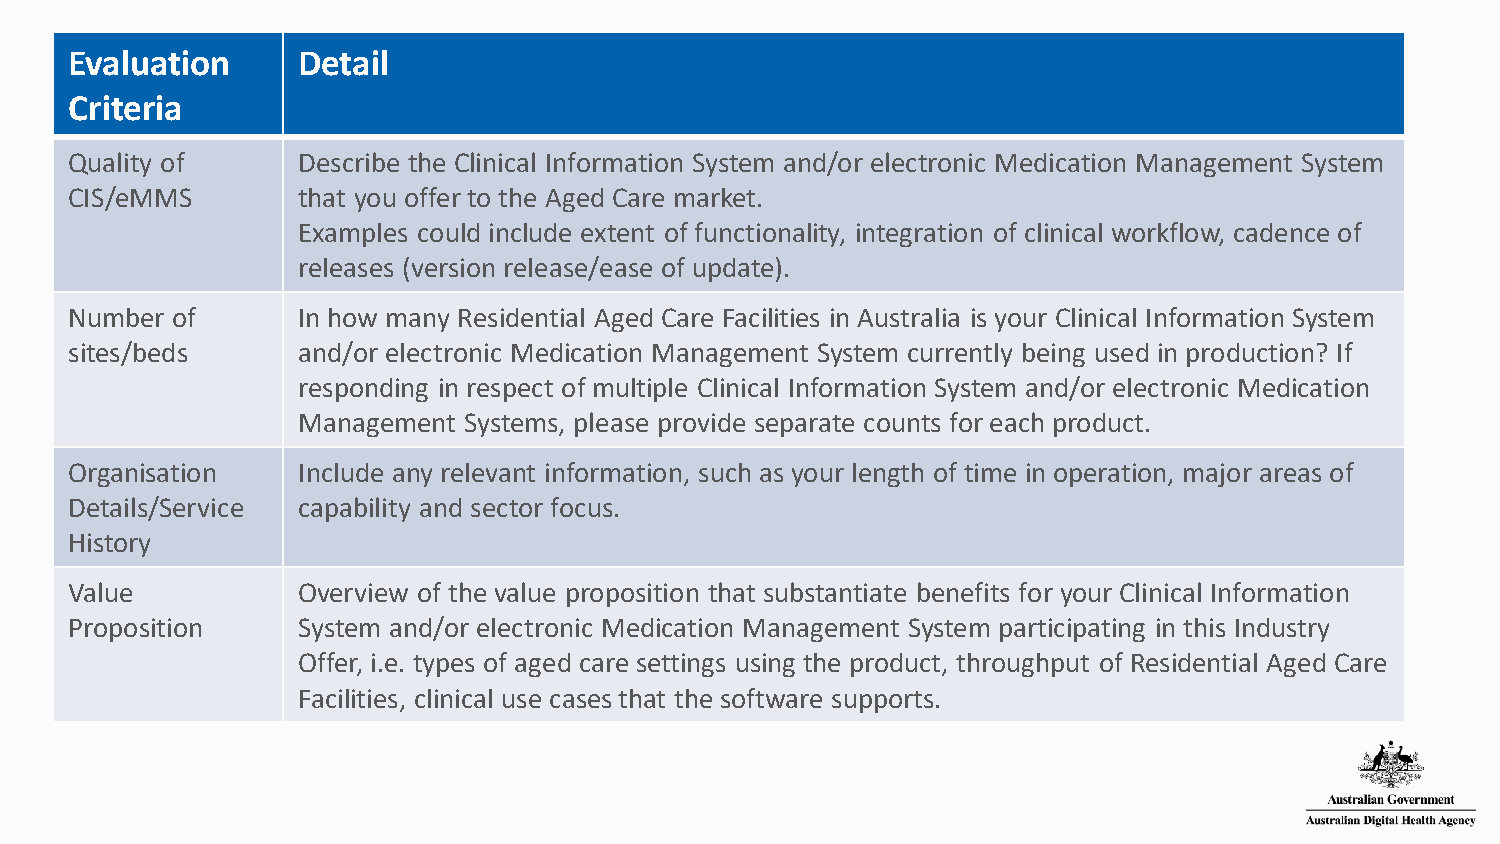
Evaluation     Detail
 Criteria
 Quality of     Describe the Clinical Information System and/or electronic Medication Management System
 CIS/eMMS       that you offer to the Aged Care market.
 Examples could include extent of functionality, integration of clinical workflow, cadence of
 releases (version release/ease of update).
 Number of      In how many Residential Aged Care Facilities in Australia is your Clinical Information System
 sites/beds     and/or electronic Medication Management System currently being used in production? If
 responding in respect of multiple Clinical Information System and/or electronic Medication
 Management Systems, please provide separate counts for each product.
 Organisation   Include any relevant information, such as your length of time in operation, major areas of
 Details/Service capability and sector focus.
 History
 Value          Overview of the value proposition that substantiate benefits for your Clinical Information
 Proposition    System and/or electronic Medication Management System participating in this Industry
 Offer, i.e. types of aged care settings using the product, throughput of Residential Aged Care
 Facilities, clinical use cases that the software supports.